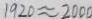
1 9 2 0 \approx 2 0 0 0